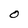
Character: O